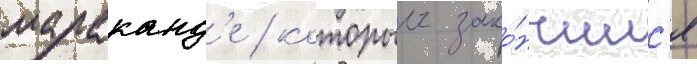
мараканд'е / которыи зако́нчилс'я